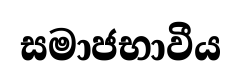
සමාජභාවීය